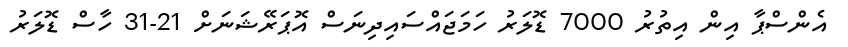
އެންސްޕާ އިން އިތުރު 7000 ޑޮލަރު ހަމަޖައްސައިދިނަސް އޮޕަރޭޝަނަށް 21-31 ހާސް ޑޮލަރު